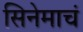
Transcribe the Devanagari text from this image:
सिनेमाचं